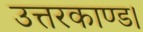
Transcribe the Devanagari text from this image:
उत्तरकाण्ड।